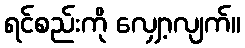
ရင်စည်းကို လျှော့လျက်။